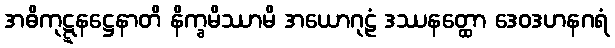
အဓိကုဋ္ဋနဋ္ဌေနာတိ နိက္ခမိဿာမိ အယောဂုဠံ ဒဿနတ္ထော ဒေဝဒဟနဂရံ